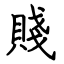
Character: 賤